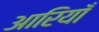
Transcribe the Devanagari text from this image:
आरियाँ